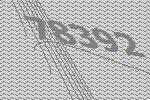
78392